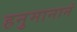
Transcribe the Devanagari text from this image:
हनुमानानं